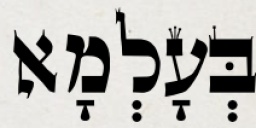
בְּעָלְמָא